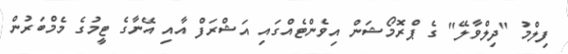
ފިލްމު "ދިލްވާލޭ" ގެ ޕްރޮމޯޝަން އިވެންޓެއްގައި އަޝްރަފް އާއި އޭނާގެ ޓީމުގެ މެމްބަރުން